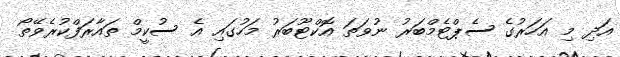
އަދި މި އަހަރުގެ ސެޕްޓެމްބަރު ނުވަތަ އޮކްޓޫބަރު މަހުގައި އެ ސުކީމް ތައާރަފްކުރެވޭތޯ